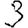
Digit: 3